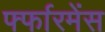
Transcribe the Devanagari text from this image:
र्फ्फारमेंस